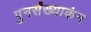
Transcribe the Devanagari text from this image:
पुनर्संख्याकंन